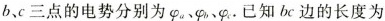
b、c三点的电势分别为φ_{ a }﹑φ_{ b }，φ_{ c }。已知bc边的长度为